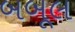
બબૂલ